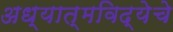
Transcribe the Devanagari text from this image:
अध्यात्मविद्येचे